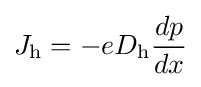
J_{\text{h}}=-eD_{\text{h}}{\frac {dp}{dx}}